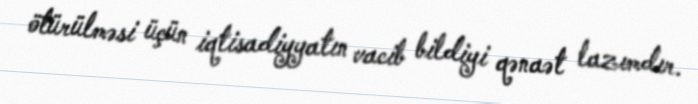
ötürülməsi üçün iqtisadiyyatın vacib bildiyi qənaət lazımdır.